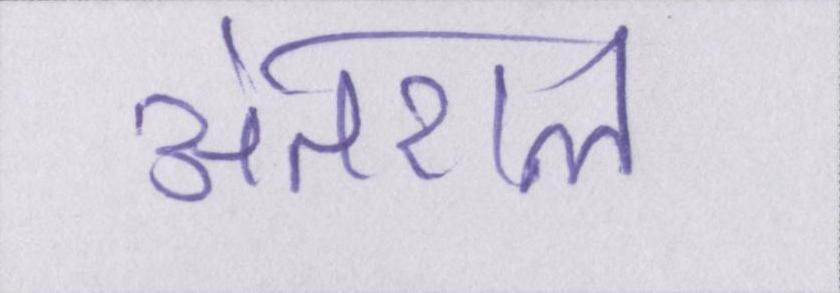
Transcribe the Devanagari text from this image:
अंतराल